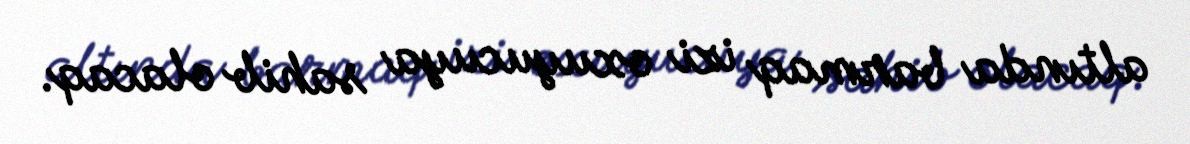
altında barmaq izi oxuyucuya sahib olacaq.